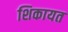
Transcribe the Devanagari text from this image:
शिकायत